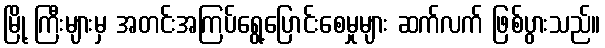
မြို့ ကြီးများမှ အတင်းအကြပ်ရွေ့ပြောင်းစေမှုများ ဆက်လက် ဖြစ်ပွားသည်။